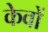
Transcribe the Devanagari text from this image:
केवों